Civil Veterinary Department Bengal reports 1923-33 - 1923-1933
Year: 1923
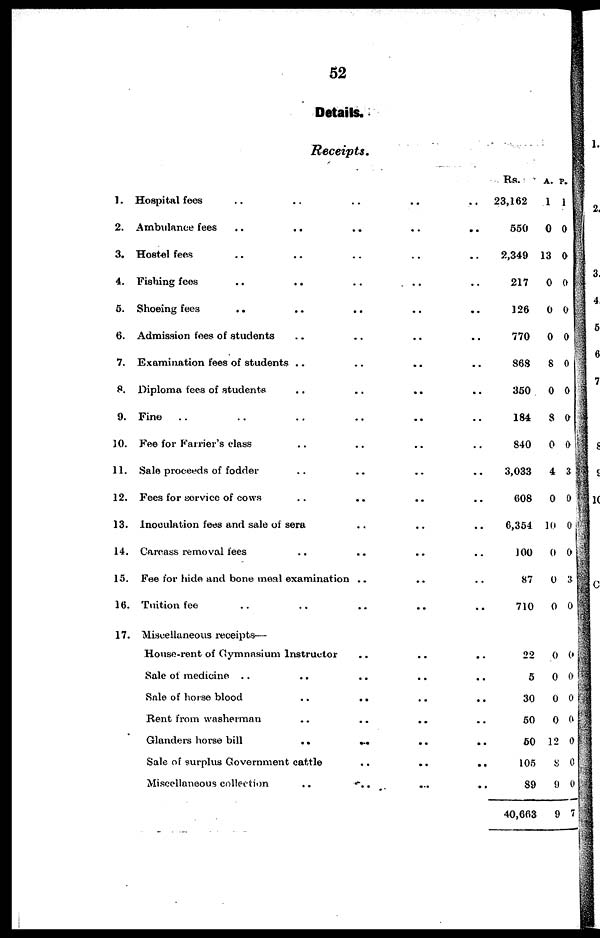
52
Details.
Receipts.
1.
2.
3.
4.
5.
6.
7.
8.
9.
10.
11.
12.
13.
14.
15.
16.
17.
Hospital fees .. ..
Ambulance fees
..
..
Hostel fees .. ..
Fishing fees .. ..
Shoeing fees .. ..
Admission fees of students ..
Examination fees of students ..
Diploma fees of students ..
Fine .. .. ..
Fee for Farrier's class ..
Sale proceeds of fodder
Fees for service of cows
Inoculation fees and sale of sera
Carcass removal fees ..
Fee for hide and bone meal examination
Tuition fee .. ..
Miscellaneous receipts—
House-rent of Gymnasium Instructor
Sale of medicine ..
..
Sale of horse blood ..
Rent from washerman ..
Glanders horse bill ..
Sale of surplus Government cattle
Miscellaneous collection ..
..
..
..
..
..
..
..
..
..
..
..
..
..
..
..
.......
..
..
..
..
..
..
..
..
..
..
..
..
..
..
..
..
..
..
..
..
..
..
..
..
..
..
..
..
..
...
..
..
..
..
..
..
..
..
..
..
..
..
..
..
..
..
..
..
..
..
..
..
Rs.
23,162
550
2,349
217
126
770
868
350
184
840
3,033
608
6,354
100
87
710
22
5
30
50
50
105
89
40,663
A.
1
0
13
0
0
0
8
0
8
0
4
0
10
0
0
0
0
0
0
0
12
8
9
9
P.
1
0
0
0
0
0
0
0
0
0
3
0
0
0
3
0
0
0
0
0
0
0
0
7